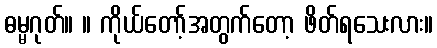
ဓမ္မဂုတ်။ ။ ကိုယ်တော့်အတွက်တော့ ဖိတ်ရသေးလား။